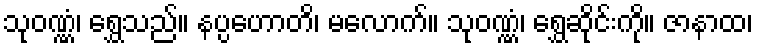
သုဝဏ္ဏံ၊ ရွှေသည်။ နပ္ပဟောတိ၊ မလောက်။ သုဝဏ္ဏံ၊ ရွှေဆိုင်းကို။ ဇာနာထ၊